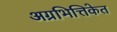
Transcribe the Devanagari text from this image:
अग्रभित्तिकेत